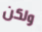
ولكن